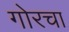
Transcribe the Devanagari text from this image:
गोरचा